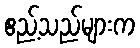
ဧည့်သည်များက